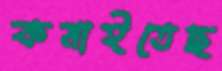
কমাইতেছ